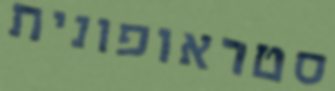
סטראופונית